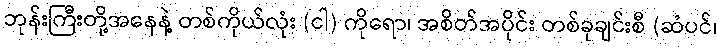
ဘုန်းကြီးတို့အနေနဲ့ တစ်ကိုယ်လုံး (ငါ) ကိုရော၊ အစိတ်အပိုင်း တစ်ခုချင်းစီ (ဆံပင်၊